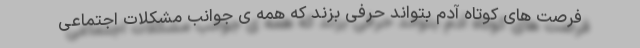
فرصت های کوتاه آدم بتواند حرفی بزند که همه ی جوانب مشکلات اجتماعی